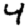
Digit: 4